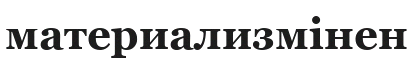
материализмінен